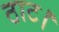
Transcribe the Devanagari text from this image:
ठाट।